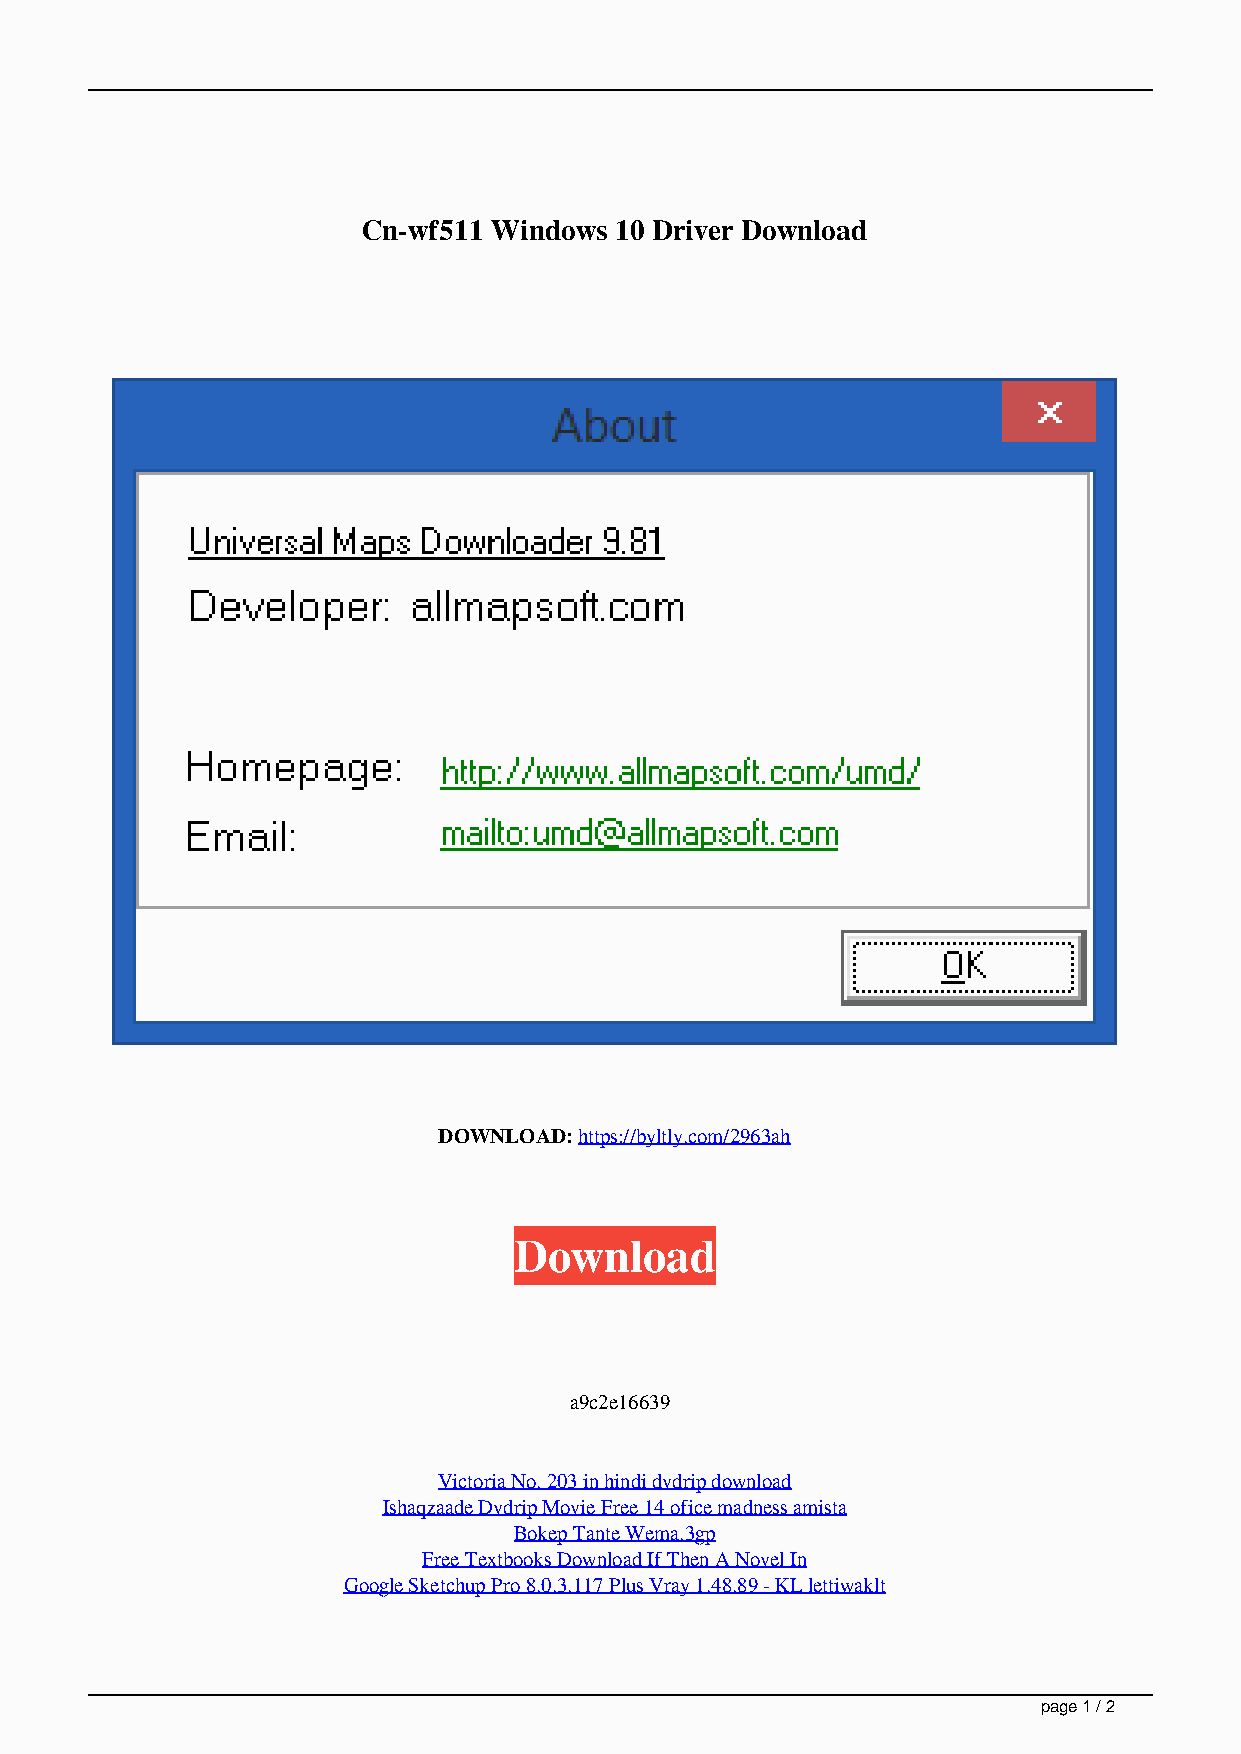
Cn-wf511 Windows 10 Driver Download
 DOWNLOAD: https://byltly.com/2963ah
 Download
 a9c2e16639
 Victoria No. 203 in hindi dvdrip download
 Ishaqzaade Dvdrip Movie Free 14 ofice madness amista
 Bokep Tante Wema.3gp
 Free Textbooks Download If Then A Novel In
 Google Sketchup Pro 8.0.3.117 Plus Vray 1.48.89 - KL lettiwaklt
 page 1 / 2